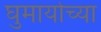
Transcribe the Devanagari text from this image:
घुमार्याच्या